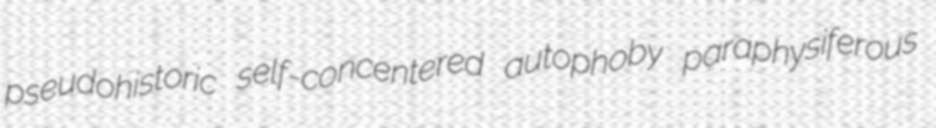
pseudohistoric self-concentered autophoby paraphysiferous